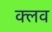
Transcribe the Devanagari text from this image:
क्‍लव